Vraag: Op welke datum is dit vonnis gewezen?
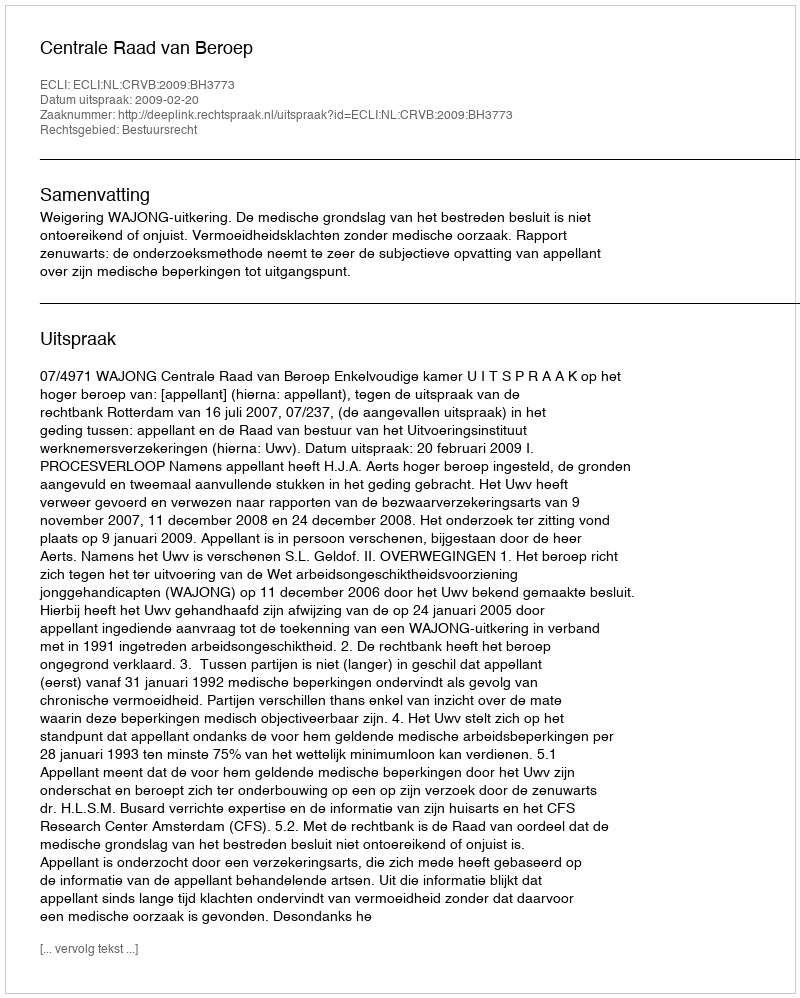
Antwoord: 2009-02-20